Rangoon Lunatic Asylum 1878-1892 - 1878-1892
Year: 1878
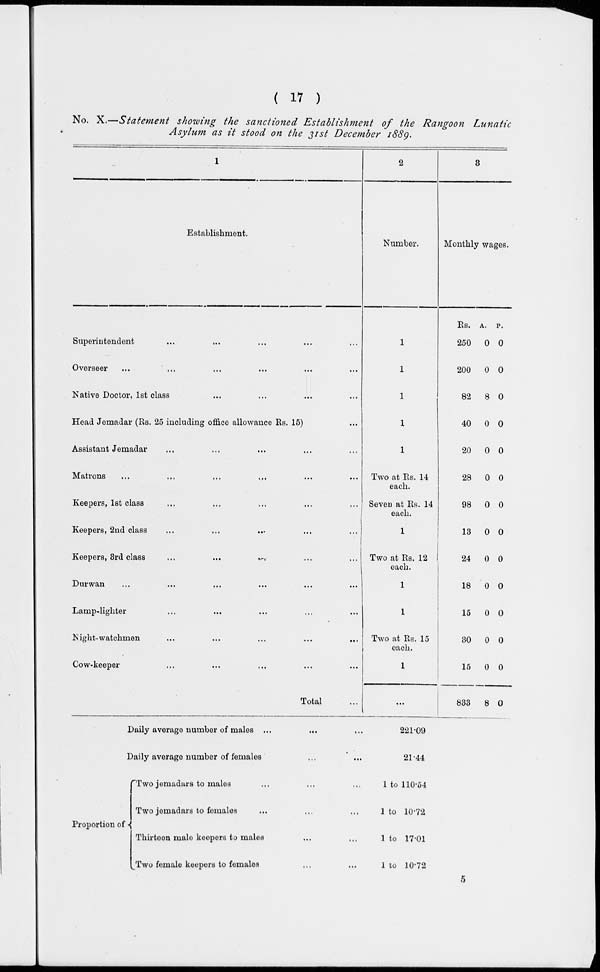
( 17 )
No. X.—Statement showing the sanctioned Establishment
of the Rangoon Lunatic
Asylum as it stood on the 31st December 1889.
1
Establishment.
Superintendent
...
... ... ... ...
Overseer ... ... ... ... ... ...
Native Doctor, 1st class ... ... ... ...
Head Jemadar (Rs. 25 including office allowance Rs. 15) ...
Assistant Jemadar... ... ... ... ...
Matrons... ... ... ... ... ...
Keepers, 1st
class...
...
...
...
...
Keepers, 2nd class... ... ... ... ...
Keepers, 3rd class... ... ... ... ...
Durwan... ... ... ... ... ...
Lamp-lighter... ... ... ... ...
Night-watchmen
...
...
...
...
...
Cow-keeper... ... ... ... ...
Total ...
Daily average number of males ... ... ...
Daily average number of females ... ...
Proportion of
Two jemadars to males ... ... ...
Two jemadars to females ... ... ...
Thirteen male keepers to males ... ...
Two female keepers to females ... ...
2
Number.
1
1
1
1
1
Two at Rs. 14
each.
Seven at Rs. 14
each.
1
Two at Rs. 12
each.
1
1
Two at Rs. 15
each.
1
...
3
Monthly wages.
Rs.
250
200
82
40
20
28
98
13
24
18
15
30
15
833
A.
0
0
8
0
0
0
0
0
0
0
0
0
0
8
P.
0
0
0
0
0
0
0
0
0
0
0
0
0
0
221.09
21.44
1 to 110.54
1 to 10.72
1 to 17.01
1 to 10.72
5